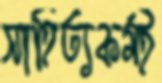
সাহিত্যকর্মই